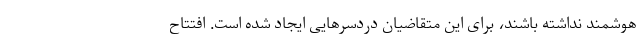
هوشمند نداشته باشند، برای این متقاضیان دردسرهایی ایجاد شده است. افتتاح